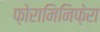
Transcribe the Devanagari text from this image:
फ़ोरामिनिफ़ेरा